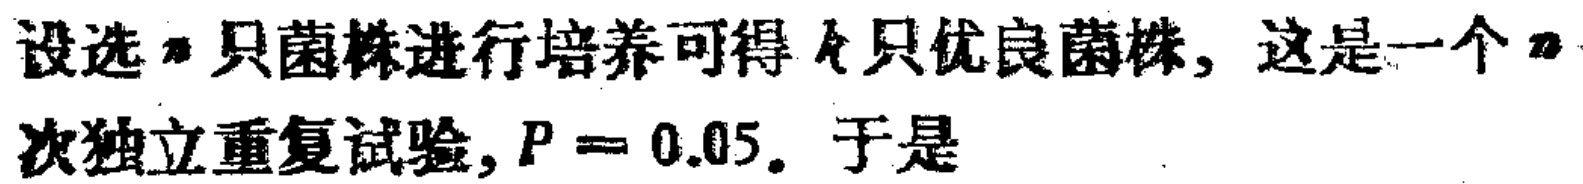
设选$n$只菌株进行培养可得$k$只优良菌株, 这是一个$n$次独立重复试验, $P = 0.05$. 于是